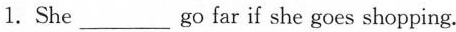
1.She ___ go far if she goes shopping.